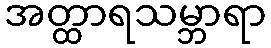
အတ္ထာရသမ္ဘာရာ